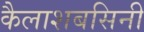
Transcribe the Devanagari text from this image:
कैलाशबसिनी